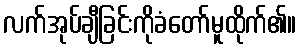
လက်အုပ်ချီခြင်းကိုခံတော်မူထိုက်၏။